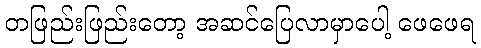
တဖြည်းဖြည်းတော့ အဆင်ပြေလာမှာပေါ့ ဖေဖေရ